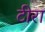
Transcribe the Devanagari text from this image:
टीरा